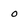
Character: o